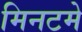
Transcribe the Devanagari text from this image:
मिनटमे